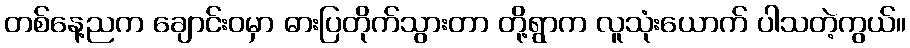
တစ်နေ့ညက ချောင်းဝမှာ ဓားပြတိုက်သွားတာ တို့ရွာက လူသုံးယောက် ပါသတဲ့ကွယ်။